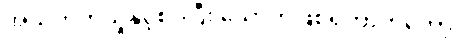
အသက်တိုသူနှင့်စပ်ပြီး သောကဖြစ်ရတာကတော့